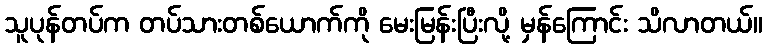
သူပုန်တပ်က တပ်သားတစ်ယောက်ကို မေးမြန်းပြီးလို့ မှန်ကြောင်း သိလာတယ်။